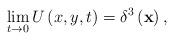
LaTeX: \begin{align*}\lim_{t\rightarrow 0}U\left( x,y,t\right) =\delta ^3\left( \mathbf{x}\right),\end{align*}